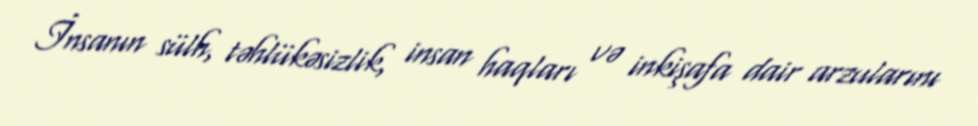
İnsanın sülh, təhlükəsizlik, insan haqları və inkişafa dair arzularını